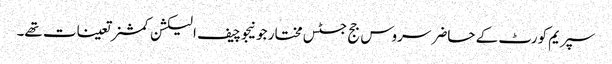
سپریم کورٹ کے حاضر سروس جج جسٹس مختار جونیجو چیف الیکشن کمشنر تعینات تھے۔